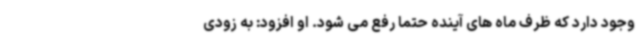
وجود دارد که ظرف ماه های آینده حتما رفع می شود. او افزود: به زودی